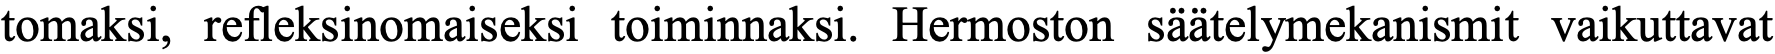
tomaksi, refleksinomaiseksi toiminnaksi. Hermoston säätelymekanismit vaikuttavat